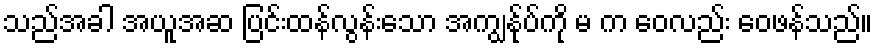
သည်အခါ အယူအဆ ပြင်းထန်လွန်းသော အကျွန်ုပ်ကို မ က ဝေလည်း ဝေဖန်သည်။